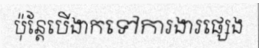
ប៉ុន្តែបើងាកទៅការងារផ្សេង